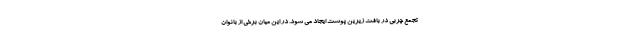
تجمع چربی در بافت زیرین پوست ایجاد می شود. در این میان برخی از بانوان